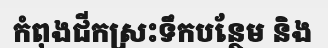
កំពុងជីកស្រះទឹកបន្ថែម និង